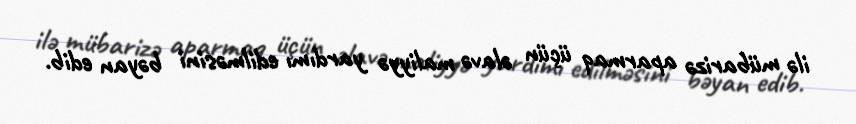
ilə mübarizə aparmaq üçün əlavə maliyyə yardımı edilməsini bəyan edib.